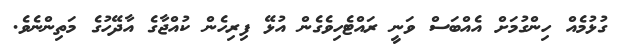
ގުޅުމެއް ހިންގުމަށް އެއްބަސް ވަނީ ރައްޓެހިވެގެން އުޅޭ ފިރިހެން ކުއްޖާގެ އާދޭހުގެ މަތިންނެވެ.